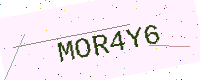
Text: MOR4Y6